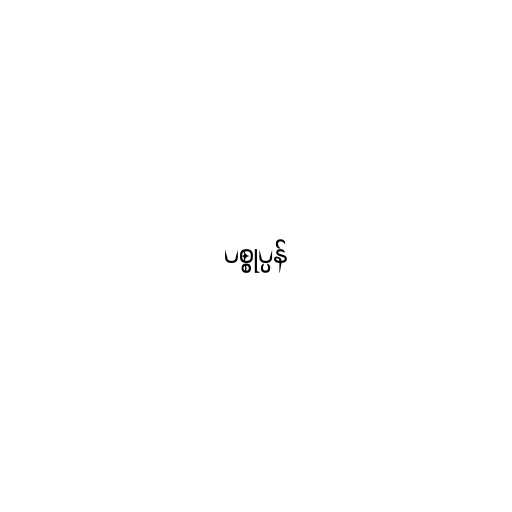
ပစ္စုပ္ပန်